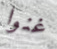
غنوا